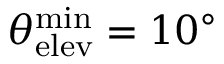
\theta _ { \mathrm { e l e v } } ^ { \mathrm { m i n } } = 1 0 ^ { \circ }